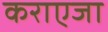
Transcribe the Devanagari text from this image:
कराएजा